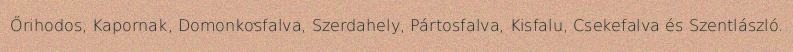
Őrihodos, Kapornak, Domonkosfalva, Szerdahely, Pártosfalva, Kisfalu, Csekefalva és Szentlászló.